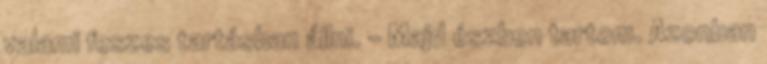
valami feszes tartásban állni. – Majd észben tartom. Azonban